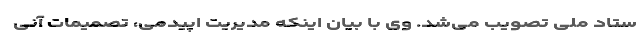
ستاد ملی تصویب می‌شد. وی با بیان اینکه مدیریت اپیدمی، تصمیمات آنی